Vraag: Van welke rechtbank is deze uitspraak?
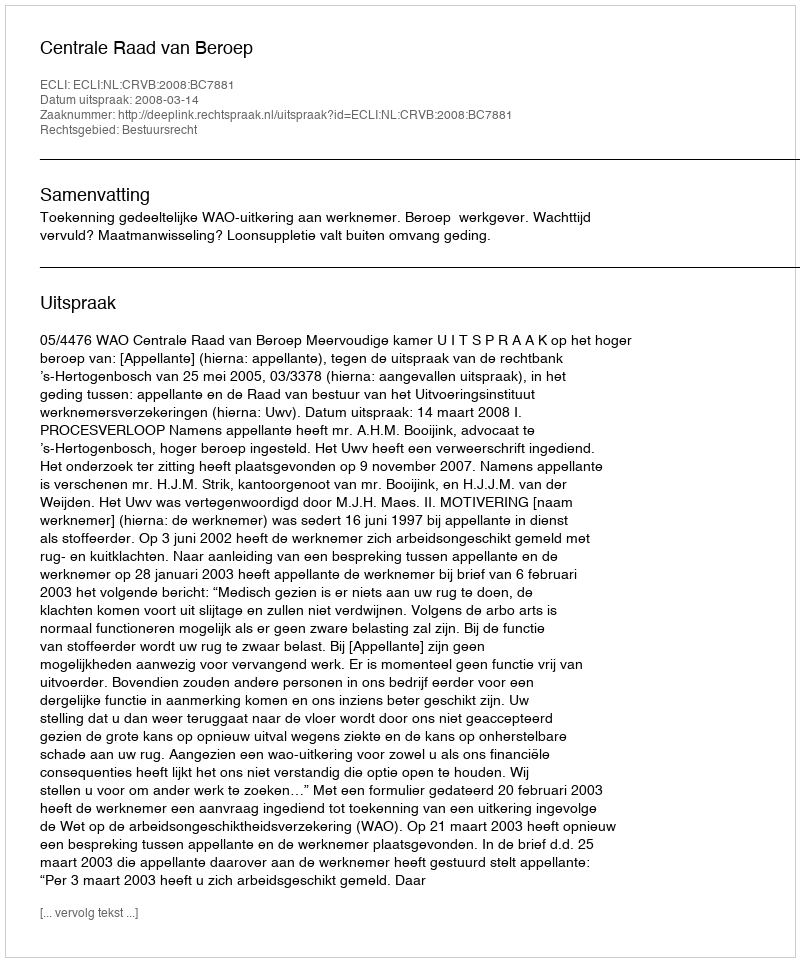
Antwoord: Centrale Raad van Beroep